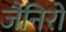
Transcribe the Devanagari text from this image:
जैनिरो